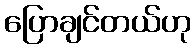
ပြောချင်တယ်ဟု